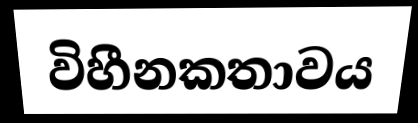
විහීනකතාවය